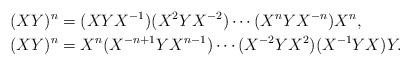
LaTeX: \begin{align*}(XY)^n &= (XYX^{-1})(X^2YX^{-2}) \cdots (X^nYX^{-n}) X^n, \\(XY)^n &= X^n (X^{-n+1}YX^{n-1}) \cdots (X^{-2}YX^2) (X^{-1}YX) Y. \end{align*}